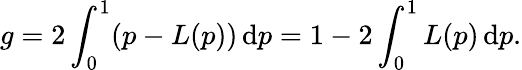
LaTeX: g=2\int_{0}^{1}(p-L(p))\, \mathrm{d}p=1-2\int_{0}^{1}L(p)\, \mathrm{d}p.